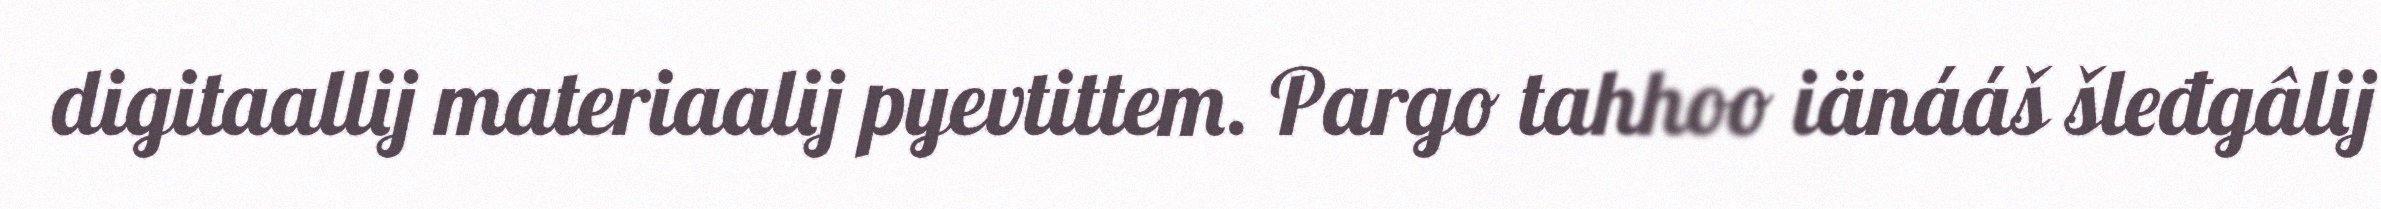
digitaallij materiaalij pyevtittem. Pargo tahhoo iänááš šleđgâlij